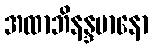
အထာဘိနန္ဒမာနော